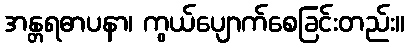
အန္တရဓာပနာ၊ ကွယ်ပျောက်စေခြင်းတည်း။